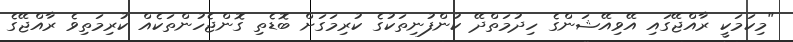
"މިކަމަކީ ރާއްޖޭގައި އޭވިއޭޝަންގެ ހިދުމަތްދޭ ކުންފުނިތަކުގެ ކުރިމަގަށް ބޮޑެތި ގޮންޖެހުންތަކެއް ކުރިމަތިވެ ރާއްޖޭގެ